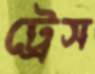
ট্রেস